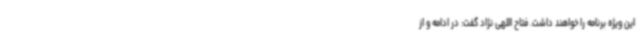
این ویژه برنامه را خواهند داشت. فتاح اللهی نژاد گفت: در ادامه و از